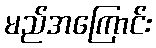
မည်အကြောင်း